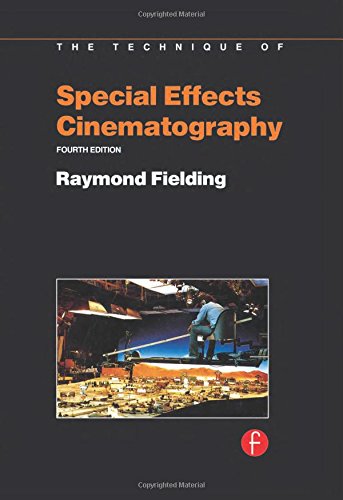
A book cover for Techniques of Special Effects of Cinematography (Library of Communication Techniques); Raymond Fielding; Arts & Photography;